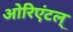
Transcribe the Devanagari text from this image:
ओरिएंटल्